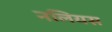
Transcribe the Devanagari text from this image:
नलियस